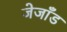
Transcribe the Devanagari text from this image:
जेजाँड